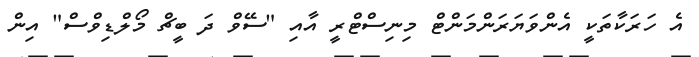
އެ ހަރަކާތަކީ އެންވަޔަރަންމަންޓް މިނިސްޓްރީ އާއި "ސޭވް ދަ ބީޗް މޯލްޑިވްސް" އިން